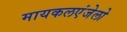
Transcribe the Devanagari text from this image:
मायकलएंजेलो